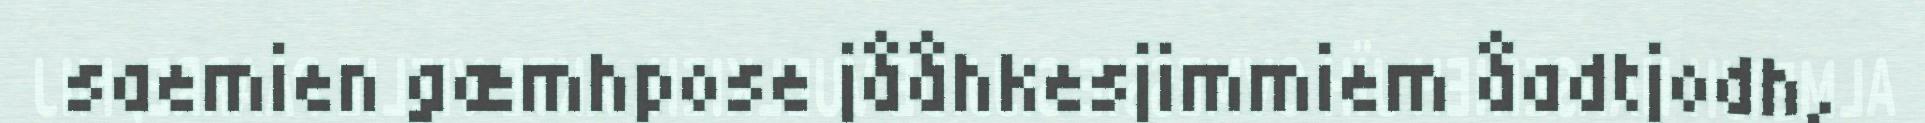
saemien gæmhpose jååhkesjimmiem åadtjodh,